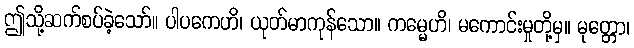
ဤသို့ဆက်စပ်ခဲ့သော်။ ပါပကေဟိ၊ ယုတ်မာကုန်သော။ ကမ္မေဟိ၊ မကောင်းမှုတို့မှ။ မုတ္တော၊